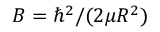
B = \hbar ^ { 2 } / ( 2 \mu R ^ { 2 } )